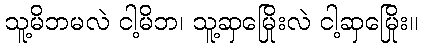
သူ့မိဘမလဲ ငါ့မိဘ၊ သူ့ဆှမြေိုးလဲ ငါ့ဆှမြေိုး။